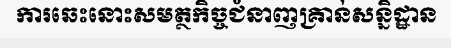
ការឆេះនោះសមត្ថកិច្ចជំនាញគ្រាន់សន្និដ្ឋាន